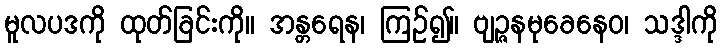
မူလပဒကို ထုတ်ခြင်းကို။ အန္တရေန၊ ကြဉ်၍။ ဗျဉ္ဇနမုခေနေဝ၊ သဒ္ဒါကို